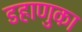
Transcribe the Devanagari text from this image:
डहाणुका